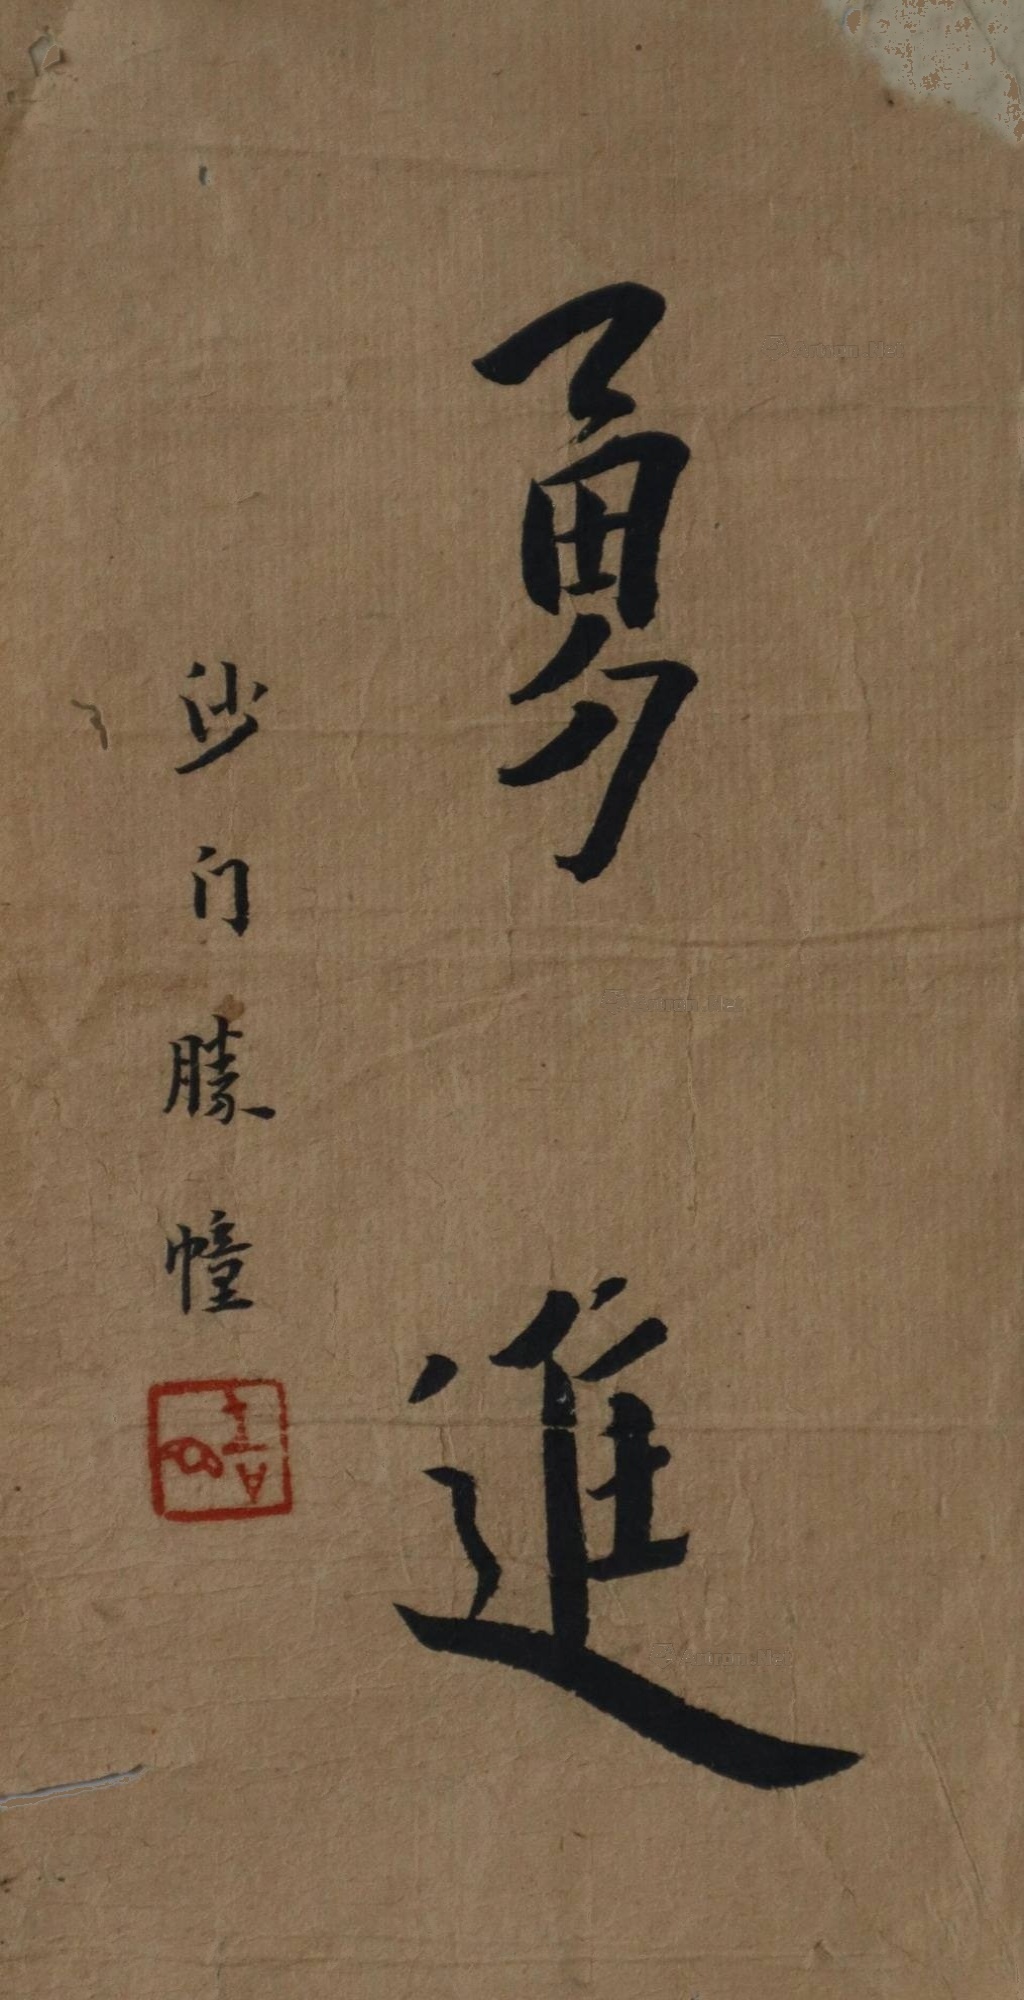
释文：沙门胜幢吉心